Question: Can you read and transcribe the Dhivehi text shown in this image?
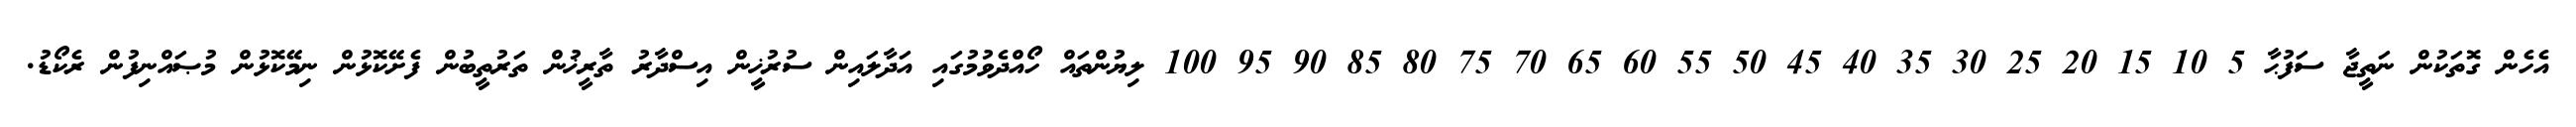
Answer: އެހެން ގޮތަކުން ނަތީޖާ ސަފުޙާ 5 10 15 20 25 30 35 40 45 50 55 60 65 70 75 80 85 90 95 100 ލިޔުންތައް ހޯއްދެވުމުގައި އަދާލައިން ސުރުޚީން އިސްދާރު ތާރީޚުން ތަރުތީބުން ފެށޭކޮޅުން ނިމޭކޮޅުން މުޞައްނިފުން ރެކޯޑު.